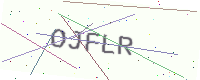
Text: OJFLR